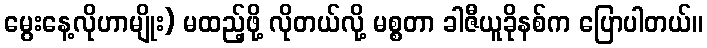
မွေးနေ့လိုဟာမျိုး) မထည့်ဖို့ လိုတယ်လို့ မစ္စတာ ခါဇီယူခိုနစ်က ပြောပါတယ်။